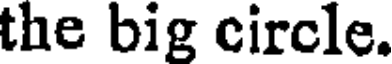
the big circle.